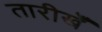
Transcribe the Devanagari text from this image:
तारीखेँ